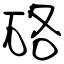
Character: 硌